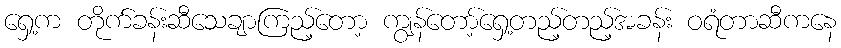
ရှေ့က တိုက်ခန်းဆီသေချာကြည့်တော့ ကျွန်တော့်ရှေ့တည့်တည့်အခန်း ဝရံတာဆီကနေ